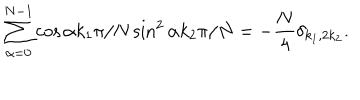
LaTeX: \sum _ { \alpha = 0 } ^ { N - 1 } \cos \alpha k _ { 1 } \pi / N \sin ^ { 2 } \alpha k _ { 2 } \pi / N = - \frac { N } { 4 } \delta _ { k _ { 1 } , 2 k _ { 2 } } .